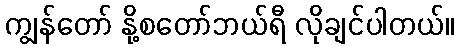
ကျွန်တော် နို့စတော်ဘယ်ရီ လိုချင်ပါတယ်။